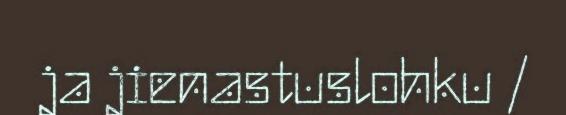
ja jienastuslohku /